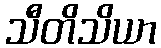
သီတိသိယာ